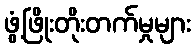
ဖွံ့ဖြိုးတိုးတက်မှုများ